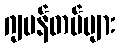
ဂျပန်တပ်များ